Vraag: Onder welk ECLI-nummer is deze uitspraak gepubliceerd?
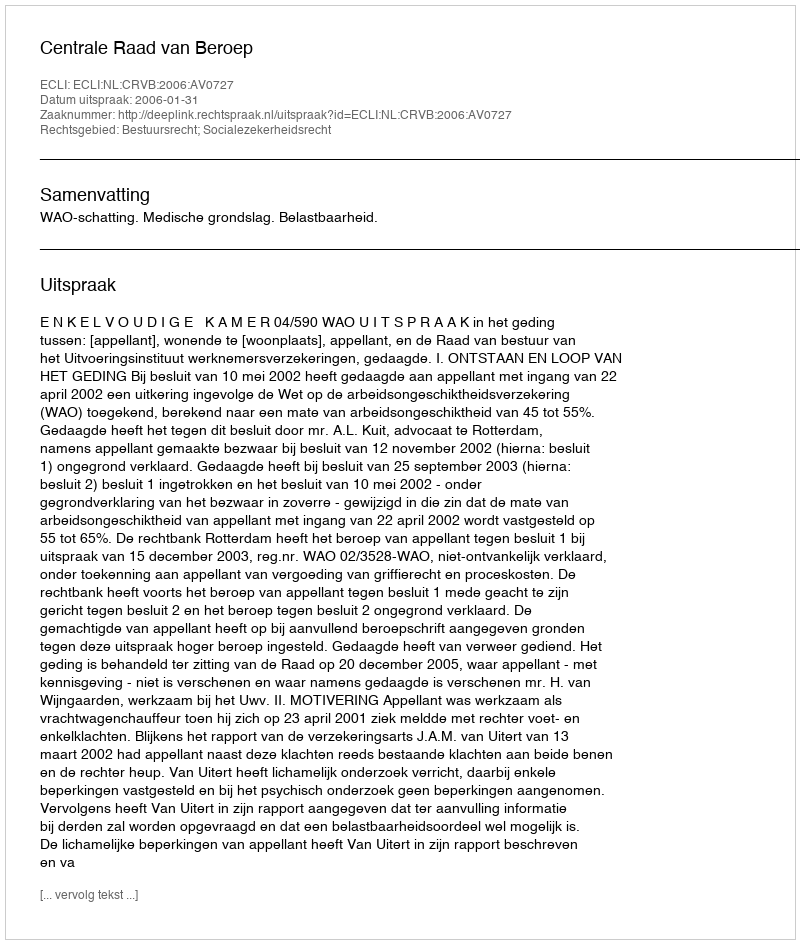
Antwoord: ECLI:NL:CRVB:2006:AV0727